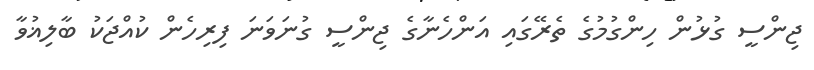
ޖިންސީ ގުޅުން ހިންގުމުގެ ތެރޭގައި އަންހެނާގެ ޖިންސީ ގުނަވަނަ ފިރިހެން ކުއްޖަކު ބާލިޣުވާ